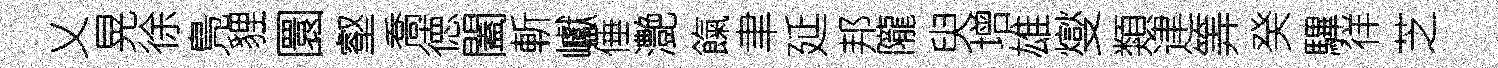
乂晃徐鳬貍圜壑喬徳闔斬巘倕灔餼聿延邦隴臾增雄燮類䢖筭癸驆徉芝